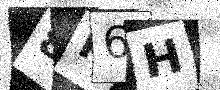
Text: 8P6H